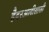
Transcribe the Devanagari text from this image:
हैदरअलीसाठी